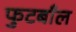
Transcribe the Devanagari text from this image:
फुटबाँल